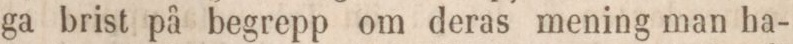
ga brist på begrepp om deras mening man ha-